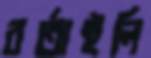
বর্তাইলি